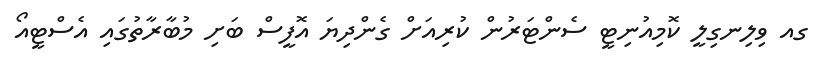
ގއ ވިލިނގިލީ ކޮމިއުނިޓީ ސެންޓަރުން ކުރިއަށް ގެންދިޔަ އޮފީސް ބަށި މުބާރާތުގައި އެސްޓީއޯ